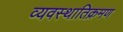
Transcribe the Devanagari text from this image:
व्यवस्थातिक्रमण